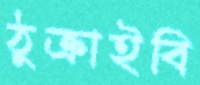
ঠুক্‌রাইবি